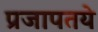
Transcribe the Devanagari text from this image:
प्रजापतये